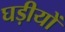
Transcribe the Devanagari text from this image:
घड़ीयों